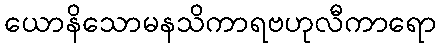
ယောနိသောမနသိကာရဗဟုလီကာရော